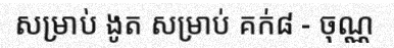
សម្រាប់ ងូត សម្រាប់ គក់៨ - ចុណ្ណ